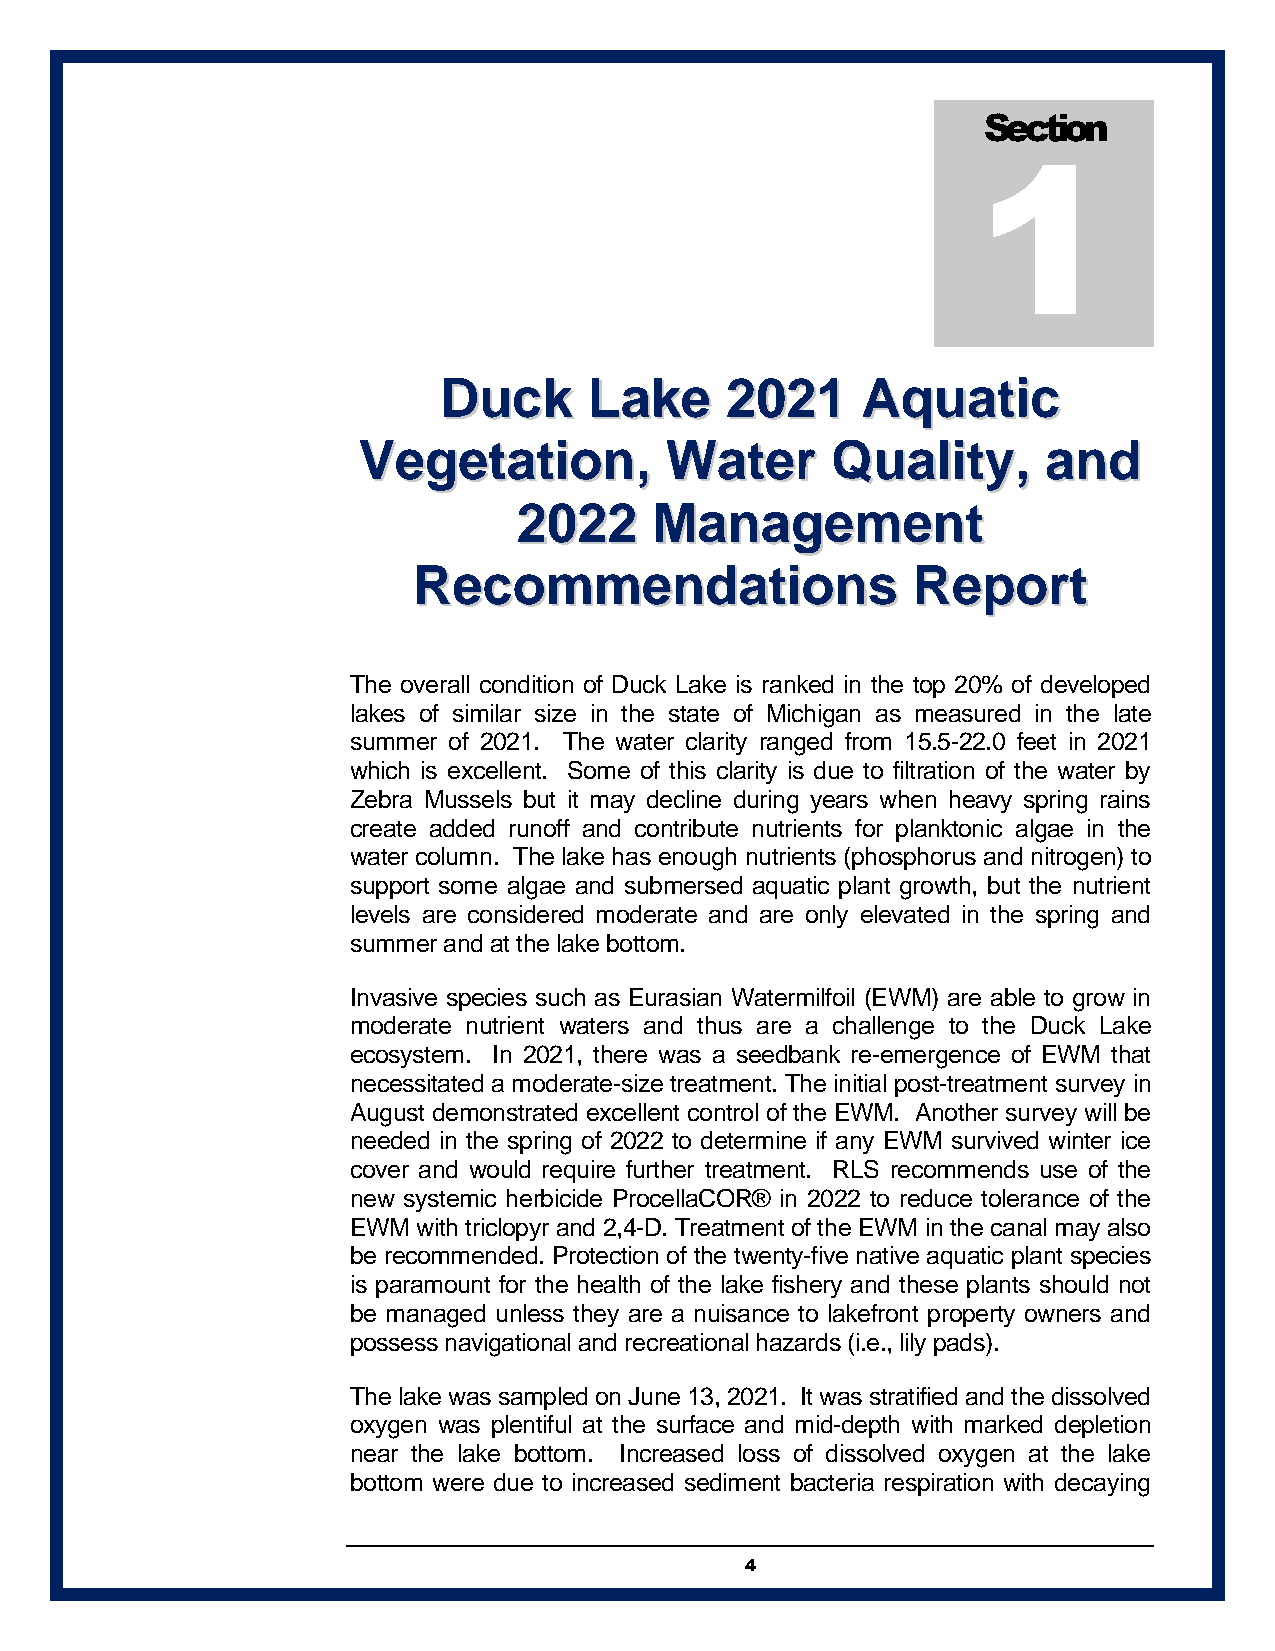
Section
 1
 DDuucckk  LLaakkee 22002211 AAqquuaattiicc
 VVeeggeettaattiioonn,, WWaatteerr QQuuaalliittyy,, aanndd
 22002222 MMaannaaggeemmeenntt
 RReeccoommmmeennddaattiioonnss   RReeppoorrtt
 The overall condition of Duck Lake is ranked in the top 20% of developed
 lakes of similar size in the state of Michigan as measured in the late
 summer of 2021. The water clarity ranged from 15.5-22.0 feet in 2021
 which is excellent. Some of this clarity is due to filtration of the water by
 Zebra Mussels but it may decline during years when heavy spring rains
 create added runoff and contribute nutrients for planktonic algae in the
 water column. The lake has enough nutrients (phosphorus and nitrogen) to
 support some algae and submersed aquatic plant growth, but the nutrient
 levels are considered moderate and are only elevated in the spring and
 summer and at the lake bottom.
 Invasive species such as Eurasian Watermilfoil (EWM) are able to grow in
 moderate nutrient waters and thus are a challenge to the Duck Lake
 ecosystem. In 2021, there was a seedbank re-emergence of EWM that
 necessitated a moderate-size treatment. The initial post-treatment survey in
 August demonstrated excellent control of the EWM. Another survey will be
 needed in the spring of 2022 to determine if any EWM survived winter ice
 cover and would require further treatment. RLS recommends use of the
 new systemic herbicide ProcellaCOR® in 2022 to reduce tolerance of the
 EWM  with triclopyr and 2,4-D. Treatment of the EWM in the canal may also
 be recommended. Protection of the twenty-five native aquatic plant species
 is paramount for the health of the lake fishery and these plants should not
 be managed unless they are a nuisance to lakefront property owners and
 possess navigational and recreational hazards (i.e., lily pads).
 The lake was sampled on June 13, 2021. It was stratified and the dissolved
 oxygen was plentiful at the surface and mid-depth with marked depletion
 near the lake bottom. Increased loss of dissolved oxygen at the lake
 bottom were due to increased sediment bacteria respiration with decaying
 4